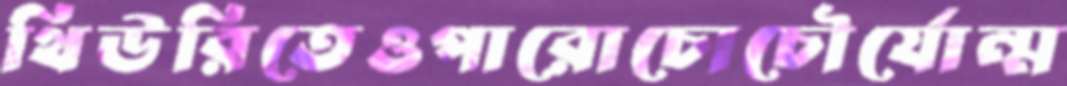
থিউরিতেওপারোচোচৌর্যোন্ম